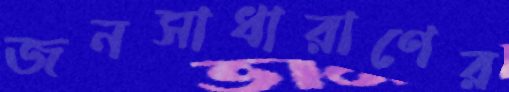
জনসাধারাণের